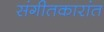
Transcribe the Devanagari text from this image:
संगीतकारांत